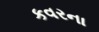
કવરના